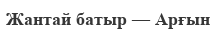
Жантай батыр — Арғын